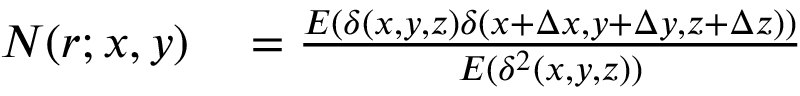
\begin{array} { r l } { N ( r ; x , y ) } & { { } = \frac { E ( \delta ( x , y , z ) \delta ( x + \Delta x , y + \Delta y , z + \Delta z ) ) } { E ( \delta ^ { 2 } ( x , y , z ) ) } } \end{array}